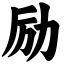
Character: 励